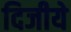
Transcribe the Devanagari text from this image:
दिजीये